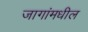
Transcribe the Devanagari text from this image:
जागांमधील